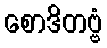
စောဒိတဗ္ဗံ